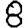
Digit: 8